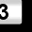
Digit: 3